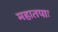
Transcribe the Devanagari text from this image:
महातपाः